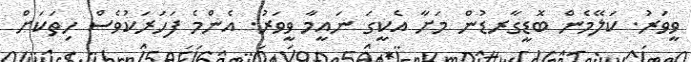
ވީވަރު. ކަލޭމެން ބޮޑީގާރޑުން މަށާ އެކީގަ ނައީމާ ވީވަރު. އެންމެ ފަހަރަކުވެސް ހިތަކަށް